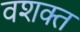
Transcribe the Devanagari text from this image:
वशक्त